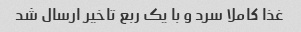
غذا کاملا سرد و با یک ربع تاخیر ارسال شد